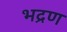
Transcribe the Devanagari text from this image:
भद्रण